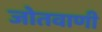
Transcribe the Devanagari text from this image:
जोतवाणी